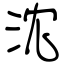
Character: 沈